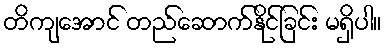
တိကျအောင် တည်ဆောက်နိုင်ခြင်း မရှိပါ။